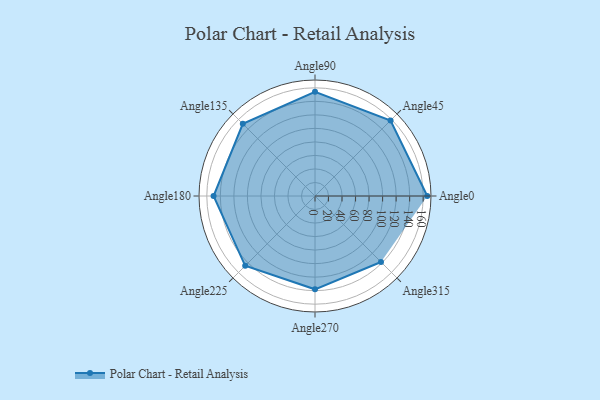
{"axis": {"x": "Angle", "y": "Radius"}, "legend": [""], "data": [{"x": "Angle0", "y": 166.0, "type": ""}, {"x": "Angle45", "y": 158.0, "type": ""}, {"x": "Angle90", "y": 154.0, "type": ""}, {"x": "Angle135", "y": 151.0, "type": ""}, {"x": "Angle180", "y": 150.0, "type": ""}, {"x": "Angle225", "y": 146.0, "type": ""}, {"x": "Angle270", "y": 138.0, "type": ""}, {"x": "Angle315", "y": 138.0, "type": ""}]}